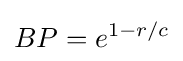
BP=e^{1-r/c}